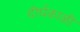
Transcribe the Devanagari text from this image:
दीर्घकाळी